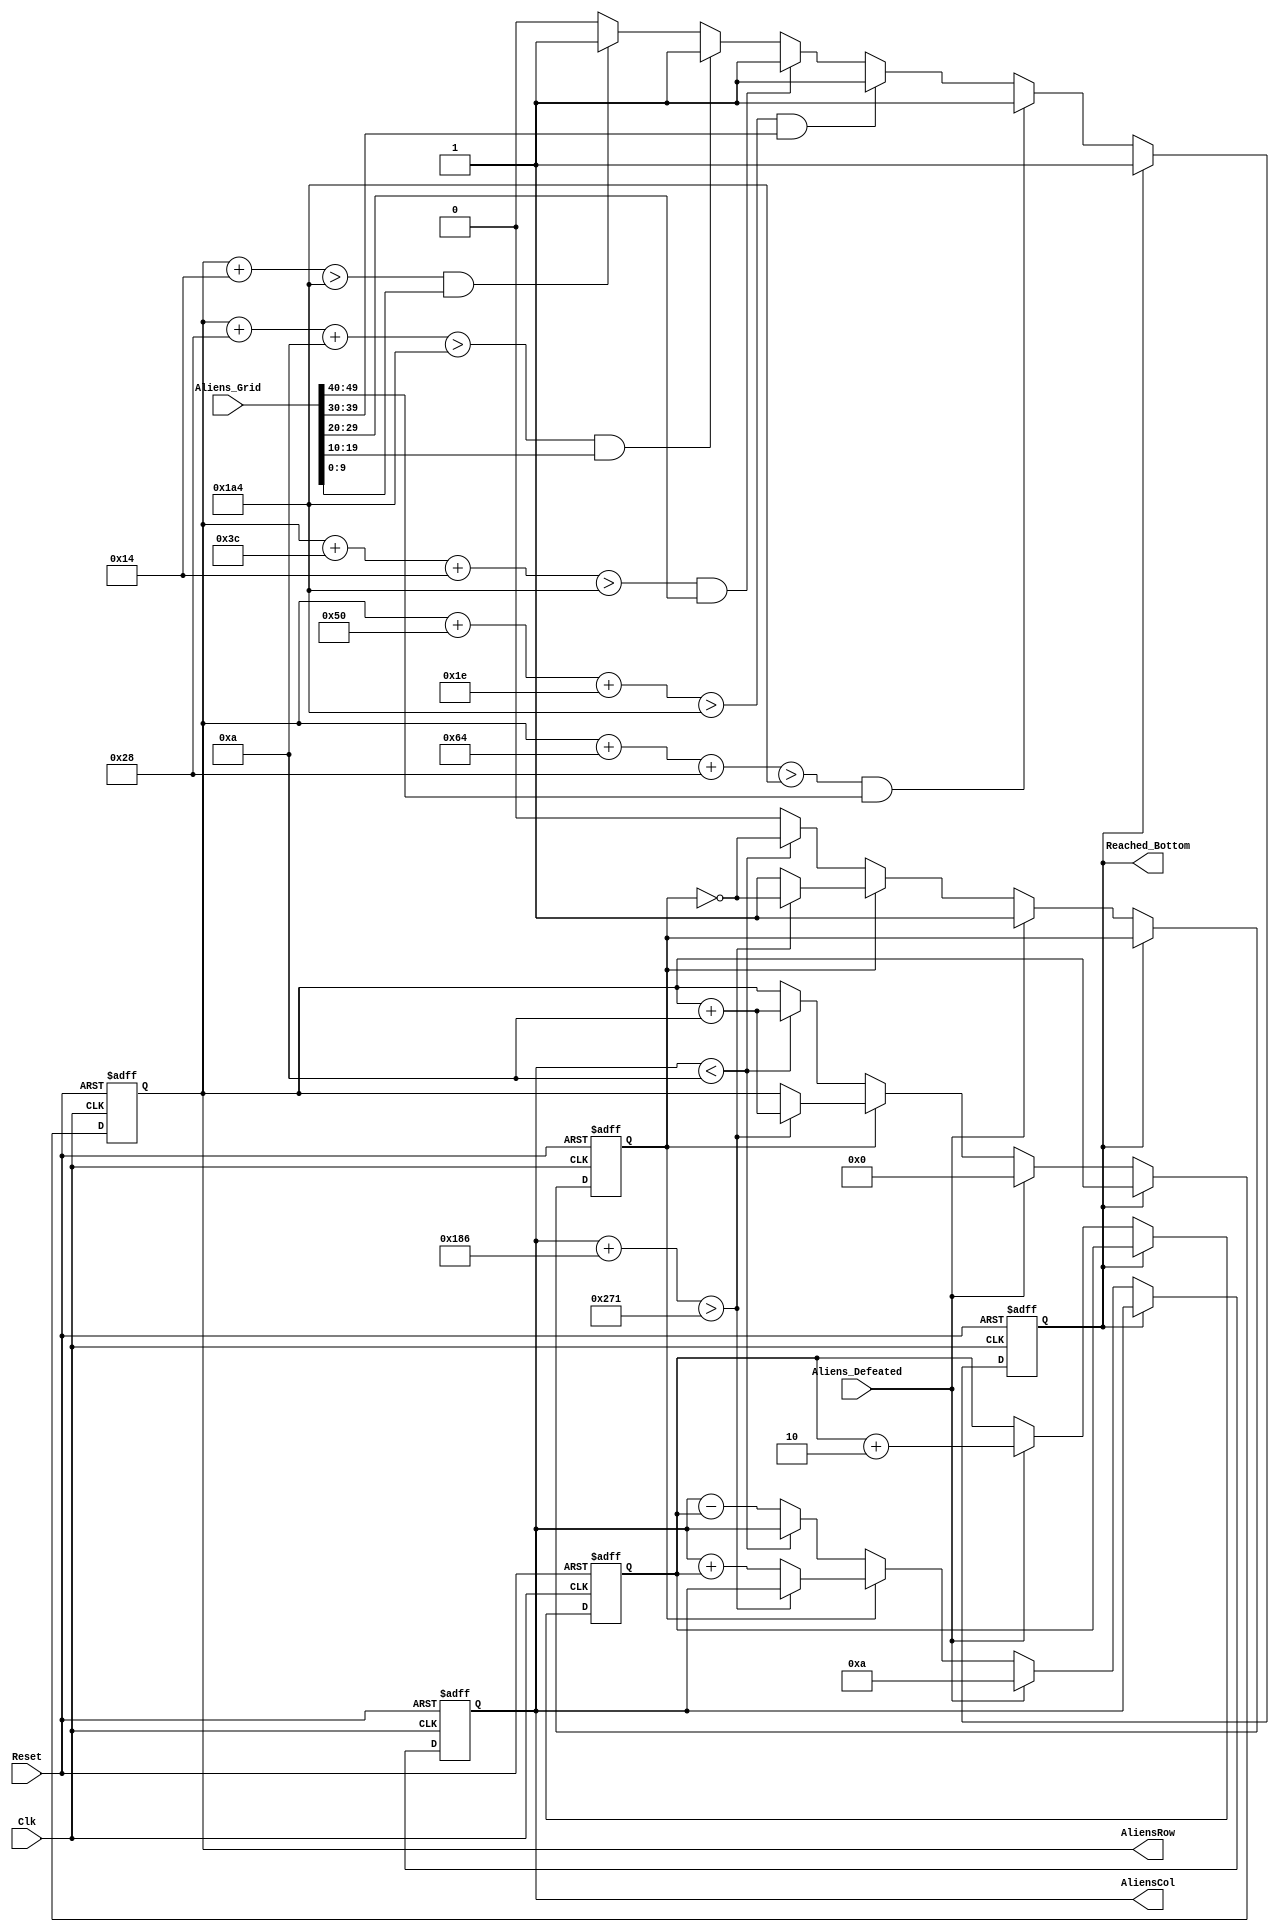
`timescale 1ns / 1ps
//////////////////////////////////////////////////////////////////////////////////
// Company: 
// Engineer: 
// 
// Design Name: 
// Module Name:    Aliens 
// Project Name: 
// Target Devices: 
// Tool versions: 
// Description: 
//
// Dependencies: 
//
// Revision: 
// Revision 0.01 - File Created
// Additional Comments: logic for which direction they move or shift down
//
//////////////////////////////////////////////////////////////////////////////////
module Aliens(
    input Clk,
    input Reset,
	 input [49:0] Aliens_Grid,
	 input Aliens_Defeated,
    output [8:0] AliensRow,
	 output [9:0] AliensCol,
    output Reached_Bottom
    );
	 
	 reg [8:0] AliensRow_t;
	 reg [9:0] AliensCol_t;
	 reg MovingRight;
	 reg Reached_Bottom_t;
	 reg [3:0] HorizontalMovement;
	 
	 assign AliensRow = AliensRow_t;
	 assign AliensCol = AliensCol_t;
	 assign Reached_Bottom = Reached_Bottom_t;
	 
	 parameter VerticalMovement = 10;
	 parameter AlienHeight = 20;
	 parameter AlienHeightSpacing = 10;	 
	 parameter Player_Row = 420;
	 
	 always @(posedge Clk, posedge Reset)
	 begin
		if (Reset)
		begin
			AliensRow_t <= 0;
			AliensCol_t <= 10;
			MovingRight <= 1;
			Reached_Bottom_t <= 0;
			HorizontalMovement <= 2;
		end
		else if (~Reached_Bottom)
		begin
			if (MovingRight)
			begin
				AliensCol_t <= AliensCol_t + HorizontalMovement;
				if (AliensCol_t + 390 > 625)
				begin
					MovingRight <= ~MovingRight;
					AliensRow_t <= AliensRow_t + VerticalMovement;
					AliensCol_t <= AliensCol_t;
				end
			end
			else
			begin
				AliensCol_t <= AliensCol_t - HorizontalMovement;
				if (AliensCol_t < 10)
				begin
					MovingRight <= ~MovingRight;
					AliensRow_t <= AliensRow_t + VerticalMovement;
					AliensCol_t <= AliensCol_t;
				end
			end
			if ((AliensRow_t + AlienHeight * 5 + AlienHeightSpacing * 4 > Player_Row) && Aliens_Grid[49:40])
				Reached_Bottom_t <= 1;
			else if ((AliensRow_t + AlienHeight * 4 + AlienHeightSpacing * 3 > Player_Row) && Aliens_Grid[39:30])
				Reached_Bottom_t <= 1;
			else if ((AliensRow_t + AlienHeight * 3 + AlienHeightSpacing * 2 > Player_Row) && Aliens_Grid[29:20])
				Reached_Bottom_t <= 1;	
			else if ((AliensRow_t + AlienHeight * 2 + AlienHeightSpacing * 1 > Player_Row) && Aliens_Grid[19:10])
				Reached_Bottom_t <= 1;
			else if ((AliensRow_t + AlienHeight > Player_Row) && Aliens_Grid[9:0])
				Reached_Bottom_t <= 1;
			if (Aliens_Defeated)
			begin
				HorizontalMovement <= HorizontalMovement + 2;
				AliensRow_t <= 0;
				AliensCol_t <= 10;
				MovingRight <= 1;
			end
		end
	 end
	 
	 


endmodule